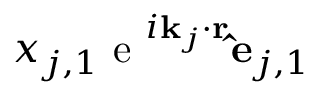
x _ { j , 1 } \textrm { e } ^ { i \mathbf { k } _ { j } \cdot \mathbf { r } } \mathbf { \hat { e } } _ { j , 1 }